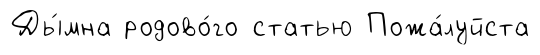
Ды́мна родово́го статью Пожа́луйста